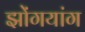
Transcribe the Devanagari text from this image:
झोंगयांग